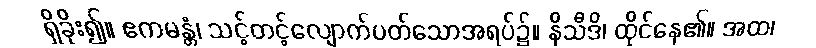
ရှိခိုး၍။ ဧကမန္တံ၊ သင့်တင့်လျောက်ပတ်သောအရပ်၌။ နိသီဒိ၊ ထိုင်နေ၏။ အထ၊